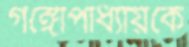
গঙ্গোপাধ্যায়কে